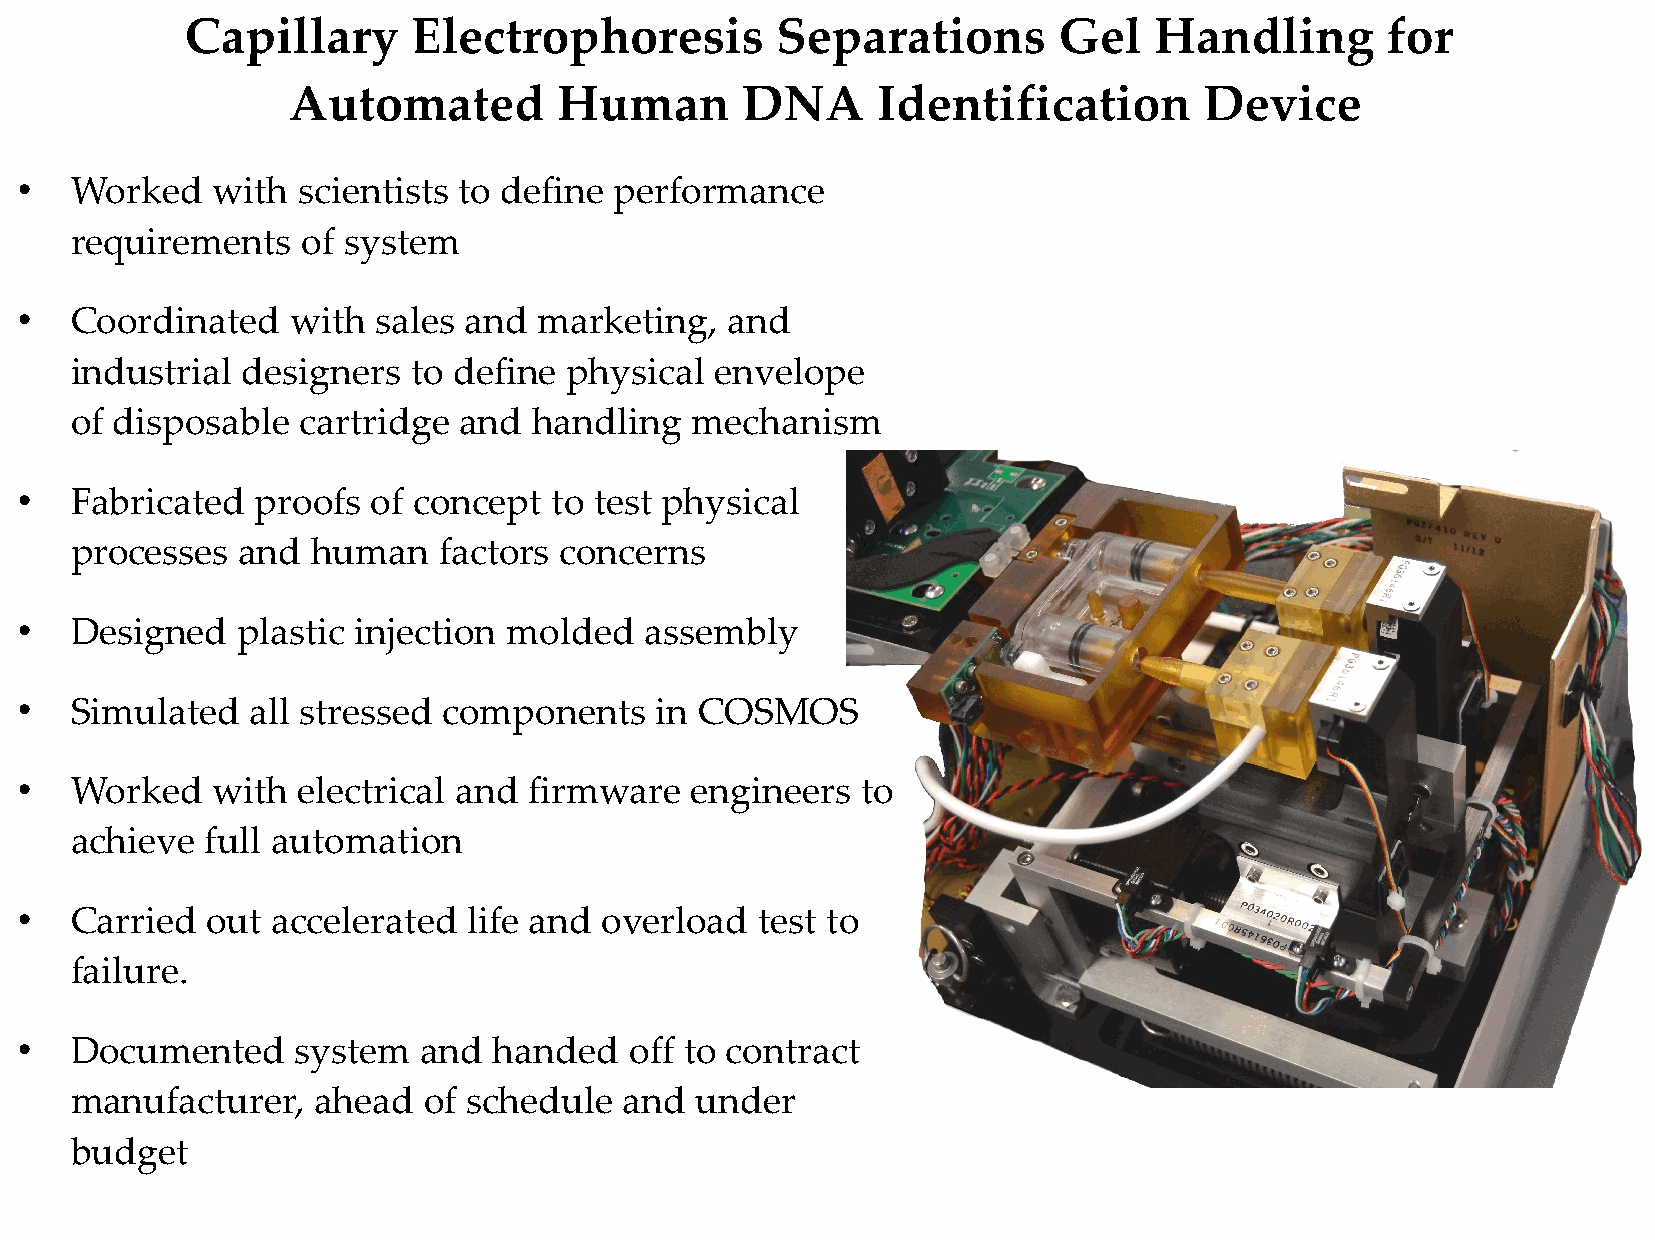
Capillary      Electrophoresis         Separations        Gel   Handling        for
 Automated         Human       DNA      Identification        Device
 ●   Worked   with  scientists to define performance
 requirements   of system
 ●   Coordinated   with  sales and  marketing,  and
 industrial designers  to define  physical envelope
 of disposable  cartridge and  handling   mechanism
 ●   Fabricated  proofs  of concept to test physical
 processes  and  human   factors concerns
 ●   Designed   plastic injection molded   assembly
 ●   Simulated   all stressed components   in COSMOS
 ●   Worked   with  electrical and firmware   engineers  to
 achieve  full automation
 ●   Carried  out accelerated  life and overload  test to
 failure.
 ●   Documented     system  and  handed   off to contract
 manufacturer,   ahead  of schedule  and  under
 b udget